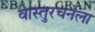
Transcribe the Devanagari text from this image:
वास्तुरचनेला